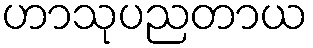
ဟာသုပညတာယ